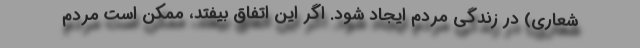
شعاری) در زندگی مردم ایجاد شود. اگر این اتفاق بیفتد، ممکن است مردم